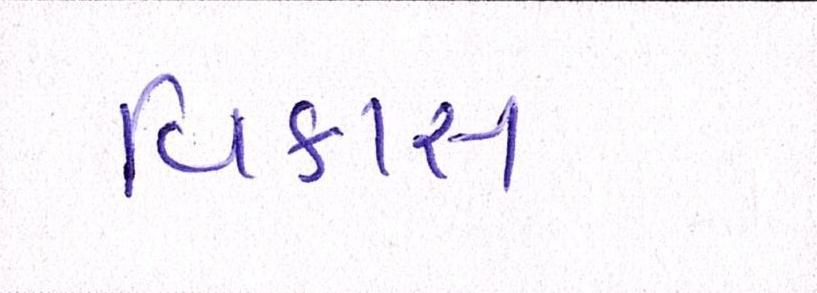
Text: વિકાસ